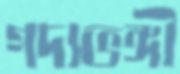
গদ্যভঙ্গী